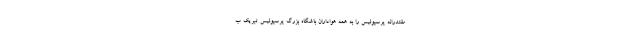
مقتدرانه پرسپولیس را به همه هواداران باشگاه بزرگ پرسپولیس تبریک ب